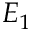
E _ { 1 }